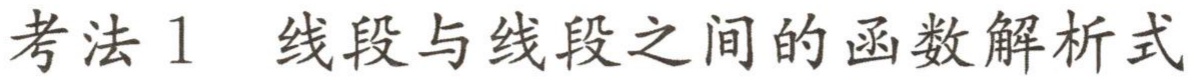
考法1 线段与线段之间的函数解析式